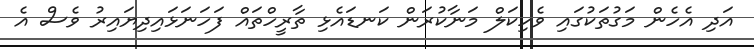
އަދި އެހެން މަގުތަކުގައި ވެހިކަލް މަނާކުރަން ކަނޑައެޅި ތާރީހްތައް ފަހަނަޅައިދިޔައިރު ވެސް އެ